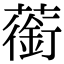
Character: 䕔